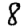
Digit: 8